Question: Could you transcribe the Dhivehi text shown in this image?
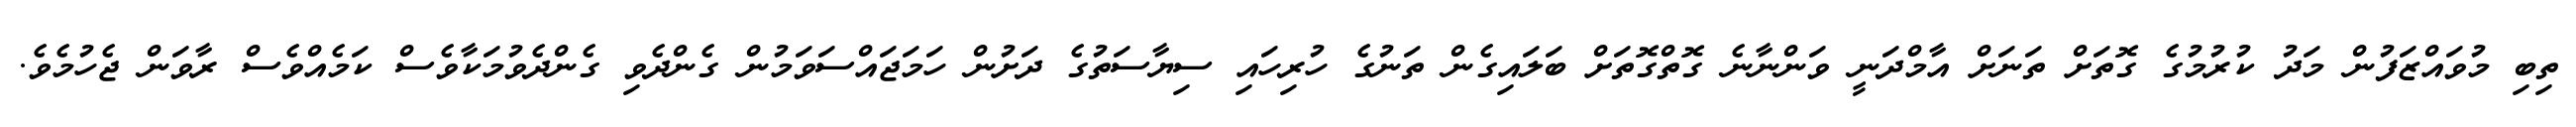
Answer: ތިބި މުވައްޒަފުން މަދު ކުރުމުގެ ގޮތަށް ތަނަށް އާމްދަނީ ވަންނާނެ ގޮތްގޮތަށް ބަލައިގެން ތަނުގެ ހުރިހައި ސިޔާސަތުގެ ދަށުން ހަމަޖައްސަވަމުން ގެންދެވި ގެންދެވުމަކާވެސް ކަމެއްވެސް ރާވަން ޖެހުމެވެ.